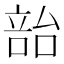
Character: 𪡳